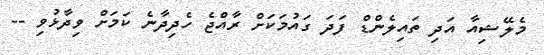
މެލޭޝިއާ އަދި ތައިލެންޑް ފަދަ ގައުމަކަށް ރާއްޖެ ހެދިދާނެ ކަމަށް ވިދާޅުވި --